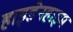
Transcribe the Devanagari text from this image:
हाइडेनहाइम